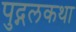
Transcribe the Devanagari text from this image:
पुद्गलकथा